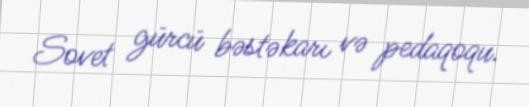
Sovet gürcü bəstəkarı və pedaqoqu.